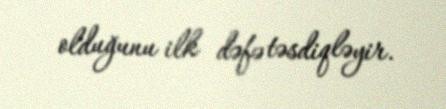
olduğunu ilk dəfə təsdiqləyir.